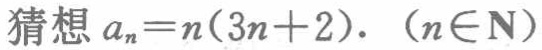
猜想 \(a_{n}=n(3n + 2).\ (n\in\mathbf{N})\)